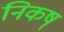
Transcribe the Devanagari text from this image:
निकष्